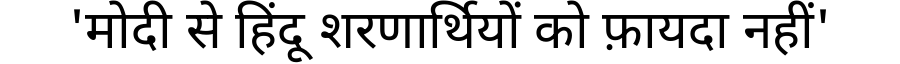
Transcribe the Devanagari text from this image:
'मोदी से हिंदू शरणार्थियों को फ़ायदा नहीं'